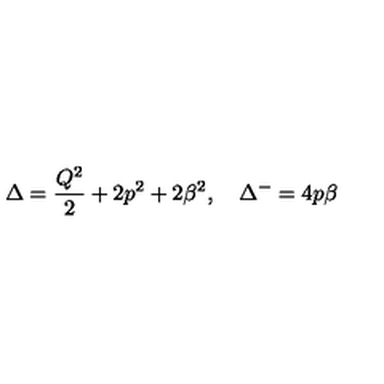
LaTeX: \Delta = \frac { Q ^ { 2 } } { 2 } + 2 p ^ { 2 } + 2 \beta ^ { 2 } , \quad \Delta ^ { - } = 4 p \beta